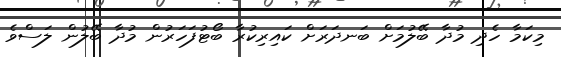
މިކަމާ ހެދި މުދާ ބޭލުމަށް ބަނދަރަށް ކައިރިކުރާ ބޯޓުފަހަރުން މުދާ ބޭލުން ލަސްވެ